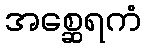
အစ္ဆေရကံ